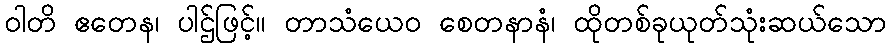
ဝါတိ ဧတေန၊ ပါဌ်ဖြင့်။ တာသံယေဝ စေတနာနံ၊ ထိုတစ်ခုယုတ်သုံးဆယ်သော